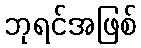
ဘုရင်အဖြစ်